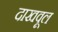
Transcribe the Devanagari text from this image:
दाखवूल